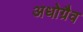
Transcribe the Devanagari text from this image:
अधोग्रैव